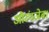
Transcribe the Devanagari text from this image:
औरंगजेब।